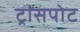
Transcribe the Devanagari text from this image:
ट्रांसपोट